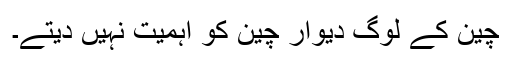
چین کے لوگ دیوارِ چین کو اہمیت نہیں دیتے۔